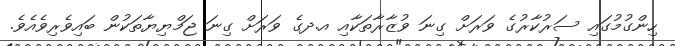
ހިންގުމުގައި ސަރުކާރުގެ ވަރަށް ގިނަ ވުޒާރާތަކާއި އ.ދގެ ވަރަށް ގިނަ ޖަމްޔިޔާތަކުން ބައިވެރިވެއެވެ.